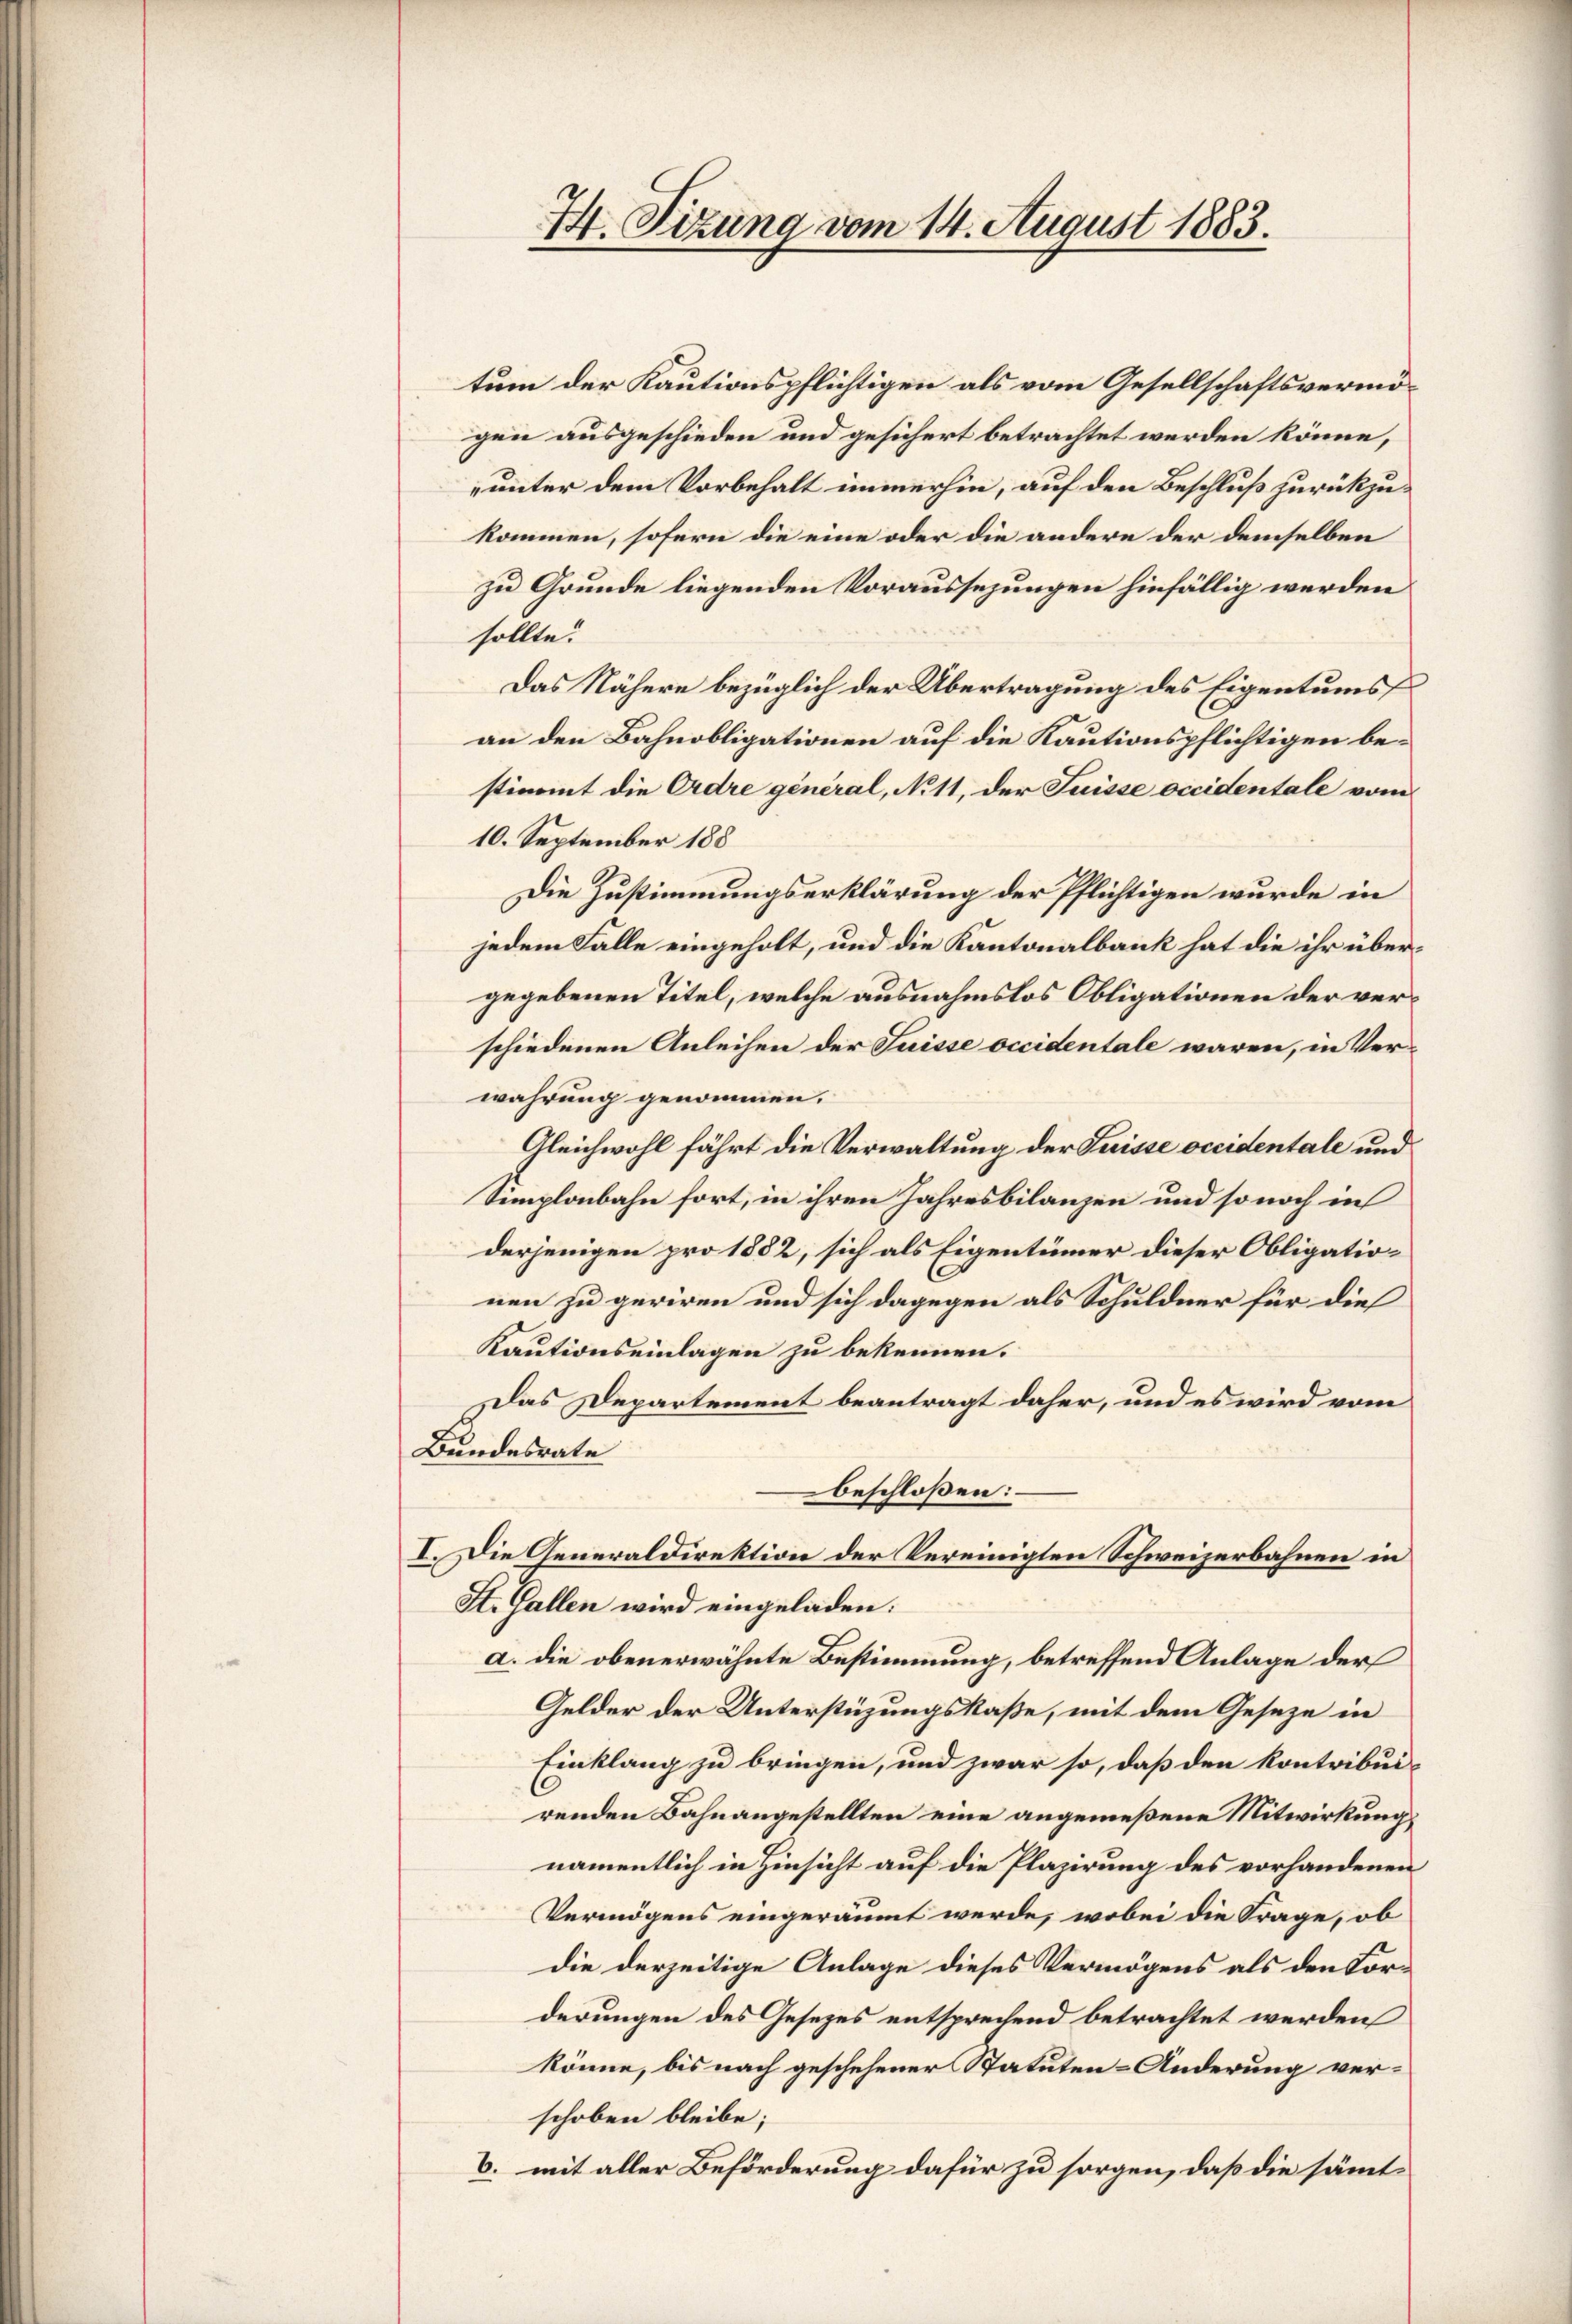
44. Sizung vom 14. August 1883.

tum der Kautionspflichtigen als vom Gesellschaftsvermögen ausgeschieden und gesichert betrachtet werden könne,
unter dem Vorbehalt immerhin, auf den Beschluß zurückzukommen, sofern die eine oder die andere der demselben
zu Grunde liegenden Voraussezungen hinfällig werden
sollte.
Das Nähere bezüglich der Übertragung des Eigentums
an den Bahnobligationen auf die Kautionspflichtigen bestimmt die Ordre général, No 11, der Suisse occidentale vom
10. September 188
Die Zustimmungserklärung der Pflichtigen wurde in
jedem Falle eingeholt, und die Kantonalbank hat die ihr übergegebenen Titel, welche ausnahmslos Obligationen der verschiedenen Anleihen der Suisse occidentale waren, in Ver-
wahrung genommen.
Gleichwohl fährt die Verwaltung der Suisse occidentale und
Simplonbahn fort, in ihren Jahresbilanzen und so noch in
derjenigen pro 1882, sich als Eigentümer dieser Obligationen zu geriren und sich dagegen als Schuldner für dies
Kautionseinlagen zu bekennen.
Das Departement beantragt daher, und es wird vom
Bundesrate
beschloßen:
I. Die Generaldirektion der Vereinigten Schweizerbahnen in
St. Gallen wird eingeladen.
a. die obenerwähnte Bestimmung, betreffend Anlage der
Gelder der Unterstüzungskaße, mit dem Geseze in
Einklang zu bringen, und zwar so, daß den kontribui-
renden Bahnangestellten eine angemeßene Mitwirkung
namentlich in Hinsicht auf die Plazirung des vorhandenen
Vermögens eingeräumt werde, wobei die Frage, ob
die derzeitige Anlage dieses Vermögens als den Forderungen des Gesetzes entsprechend betrachtet werden
könne, bis nach geschehener Statuten-Änderung verschoben bleibe;
b. mit aller Beförderung dafür zu sorgen, daß die sämmt¬